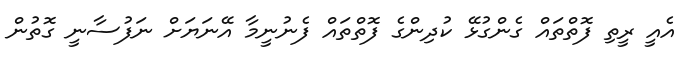
އެއީ ރީތި ފޮތްތައް ގެންގުޅޭ ކުދިންގެ ފޮތްތައް ފެނުނީމާ އޭނަޔަށް ނަފުސާނީ ގޮތުން